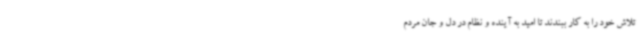
تلاش خود را به کار ببندند تا امید به آینده و نظام در دل و جان مردم